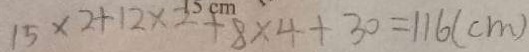
1 5 \times 2 + 1 2 \times 2 + 8 \times 4 + 3 0 = 1 1 6 ( c m )